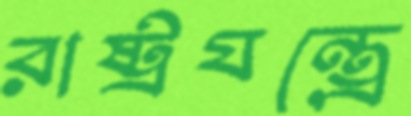
রাষ্ট্রযন্ত্রে